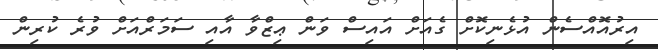
އިރުއޮއްސެން އުޅެނިކޮށް ގެއަށް އައިސް ވަން ޢިޒްވާ އާއި ސަމަރްއަށް ވުރެ ކުރިން